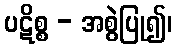
ပဋိစ္စ - အစွဲပြု၍၊